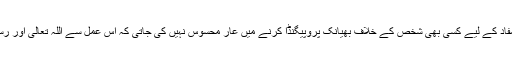
میرا اپنا ذاتی تجربہ ہے کہ ذاتی مفاد کے لیے کسی بھی شخص کے خلاف بھیانک پروپیگنڈا کرنے میں عار محسوس نہیں کی جاتی کہ اس عمل سے اللہ تعالی اور رسول اللہ ﷺ کو کیا جواب دیں گے؟